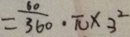
= \frac { 6 0 } { 3 6 0 } \cdot \pi \times 3 ^ { 2 }